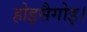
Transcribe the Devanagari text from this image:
होइसैगोइ।